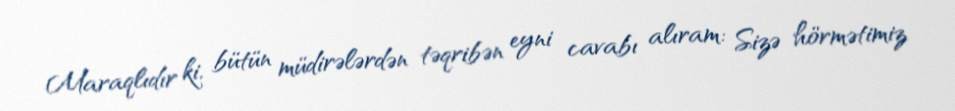
Maraqlıdır ki, bütün müdirələrdən təqribən eyni cavabı alıram: Sizə hörmətimiz